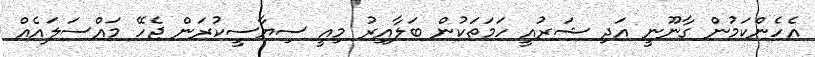
އެހެންކަމުން ގާނޫނީ އަދި ޝަރުއީ ހަމަތަކުން ބަލާއިރު މިއީ ސިޔާސީކުރަން ޖެހޭ މައްސަލައެއް